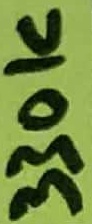
Text: 330K